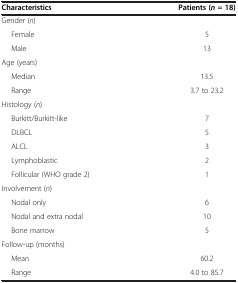
<table><thead><tr><td><b>Characteristics</b></td><td><b>Patients (<i>n </i>= 18)</b></td></tr></thead><tbody><tr><td>Gender (<i>n</i>)</td><td> </td></tr><tr><td>Female</td><td>5</td></tr><tr><td>Male</td><td>13</td></tr><tr><td>Age (years)</td><td> </td></tr><tr><td>Median</td><td>13.5</td></tr><tr><td>Range</td><td>3.7 to 23.2</td></tr><tr><td>Histology (<i>n</i>)</td><td> </td></tr><tr><td>Burkitt/Burkitt-like</td><td>7</td></tr><tr><td>DLBCL</td><td>5</td></tr><tr><td>ALCL</td><td>3</td></tr><tr><td>Lymphoblastic</td><td>2</td></tr><tr><td>Follicular (WHO grade 2)</td><td>1</td></tr><tr><td>Involvement (<i>n</i>)</td><td> </td></tr><tr><td>Nodal only</td><td>6</td></tr><tr><td>Nodal and extra nodal</td><td>10</td></tr><tr><td>Bone marrow</td><td>5</td></tr><tr><td>Follow-up (months)</td><td> </td></tr><tr><td>Mean</td><td>60.2</td></tr><tr><td>Range</td><td>4.0 to 85.7</td></tr></tbody></table>